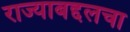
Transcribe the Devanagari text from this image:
राज्याबद्दलचा